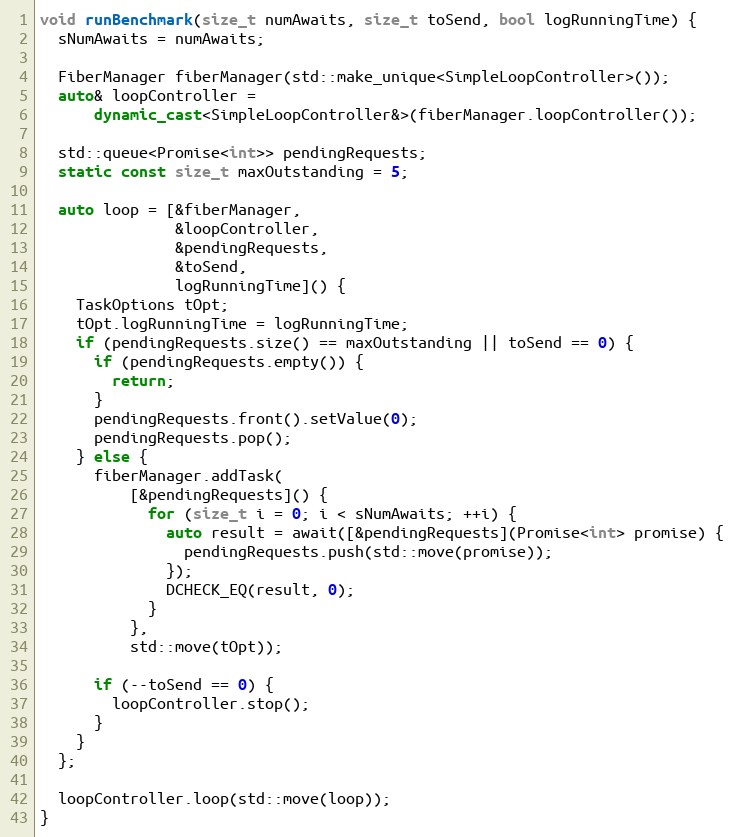
Language: C++
void runBenchmark(size_t numAwaits, size_t toSend, bool logRunningTime) {
  sNumAwaits = numAwaits;

  FiberManager fiberManager(std::make_unique<SimpleLoopController>());
  auto& loopController =
      dynamic_cast<SimpleLoopController&>(fiberManager.loopController());

  std::queue<Promise<int>> pendingRequests;
  static const size_t maxOutstanding = 5;

  auto loop = [&fiberManager,
               &loopController,
               &pendingRequests,
               &toSend,
               logRunningTime]() {
    TaskOptions tOpt;
    tOpt.logRunningTime = logRunningTime;
    if (pendingRequests.size() == maxOutstanding || toSend == 0) {
      if (pendingRequests.empty()) {
        return;
      }
      pendingRequests.front().setValue(0);
      pendingRequests.pop();
    } else {
      fiberManager.addTask(
          [&pendingRequests]() {
            for (size_t i = 0; i < sNumAwaits; ++i) {
              auto result = await([&pendingRequests](Promise<int> promise) {
                pendingRequests.push(std::move(promise));
              });
              DCHECK_EQ(result, 0);
            }
          },
          std::move(tOpt));

      if (--toSend == 0) {
        loopController.stop();
      }
    }
  };

  loopController.loop(std::move(loop));
}